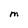
Character: M